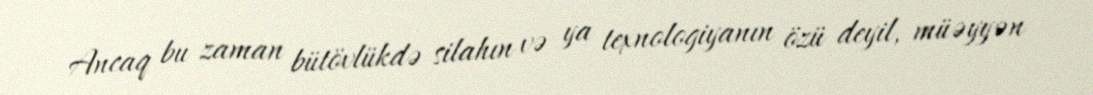
Ancaq bu zaman bütövlükdə silahın və ya texnologiyanın özü deyil, müəyyən